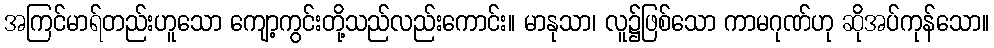
အကြင်မာရ်တည်းဟူသော ကျော့ကွင်းတို့သည်လည်းကောင်း။ မာနုသာ၊ လူ၌ဖြစ်သော ကာမဂုဏ်ဟု ဆိုအပ်ကုန်သော။